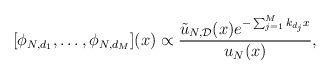
LaTeX: \begin{align*}&[\phi_{N,d_1},\ldots, \phi_{N,d_M}](x)\propto \frac{\tilde{u}_{N,\mathcal{D}}(x)e^{-\sum_{j=1}^Mk_{d_j}x}}{u_N(x)},\end{align*}